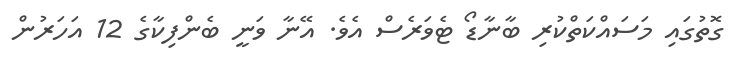
ގޮތުގައި މަސައްކަތްކުރި ބާނާޑޯ ޓެވަރެސް އެވެ. އޭނާ ވަނީ ބެންފިކާގެ 12 އަހަރުން